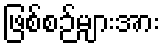
ဖြစ်စဉ်များအား